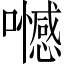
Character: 𡄏